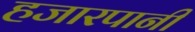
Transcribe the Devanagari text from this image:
हजारपानी